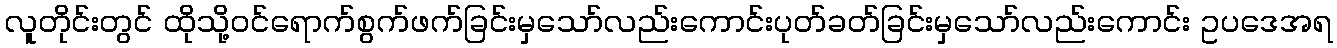
လူတိုင်းတွင် ထိုသို့ဝင်ရောက်စွက်ဖက်ခြင်းမှသော်လည်းကောင်းပုတ်ခတ်ခြင်းမှသော်လည်းကောင်း ဥပဒေအရ